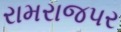
રામરાજપર